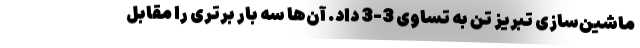
ماشین‌سازی تبریز تن به تساوی 3-3 داد. آن‌ها سه بار برتری را مقابل